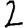
Digit: 2